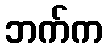
ဘက်က